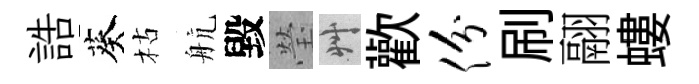
誥葵枯航毀瑩艸歡份刷翮螻